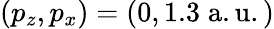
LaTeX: (p_{z},p_{x})=(0,1.3\; \mathrm{a.u.)}